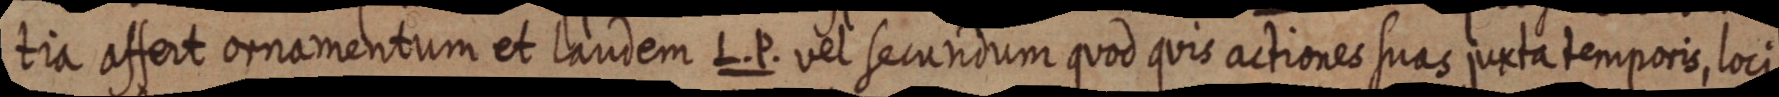
tia affert ornamentum et laudem L. P. vel secundum quod quis actiones suas juxta temporis, loci